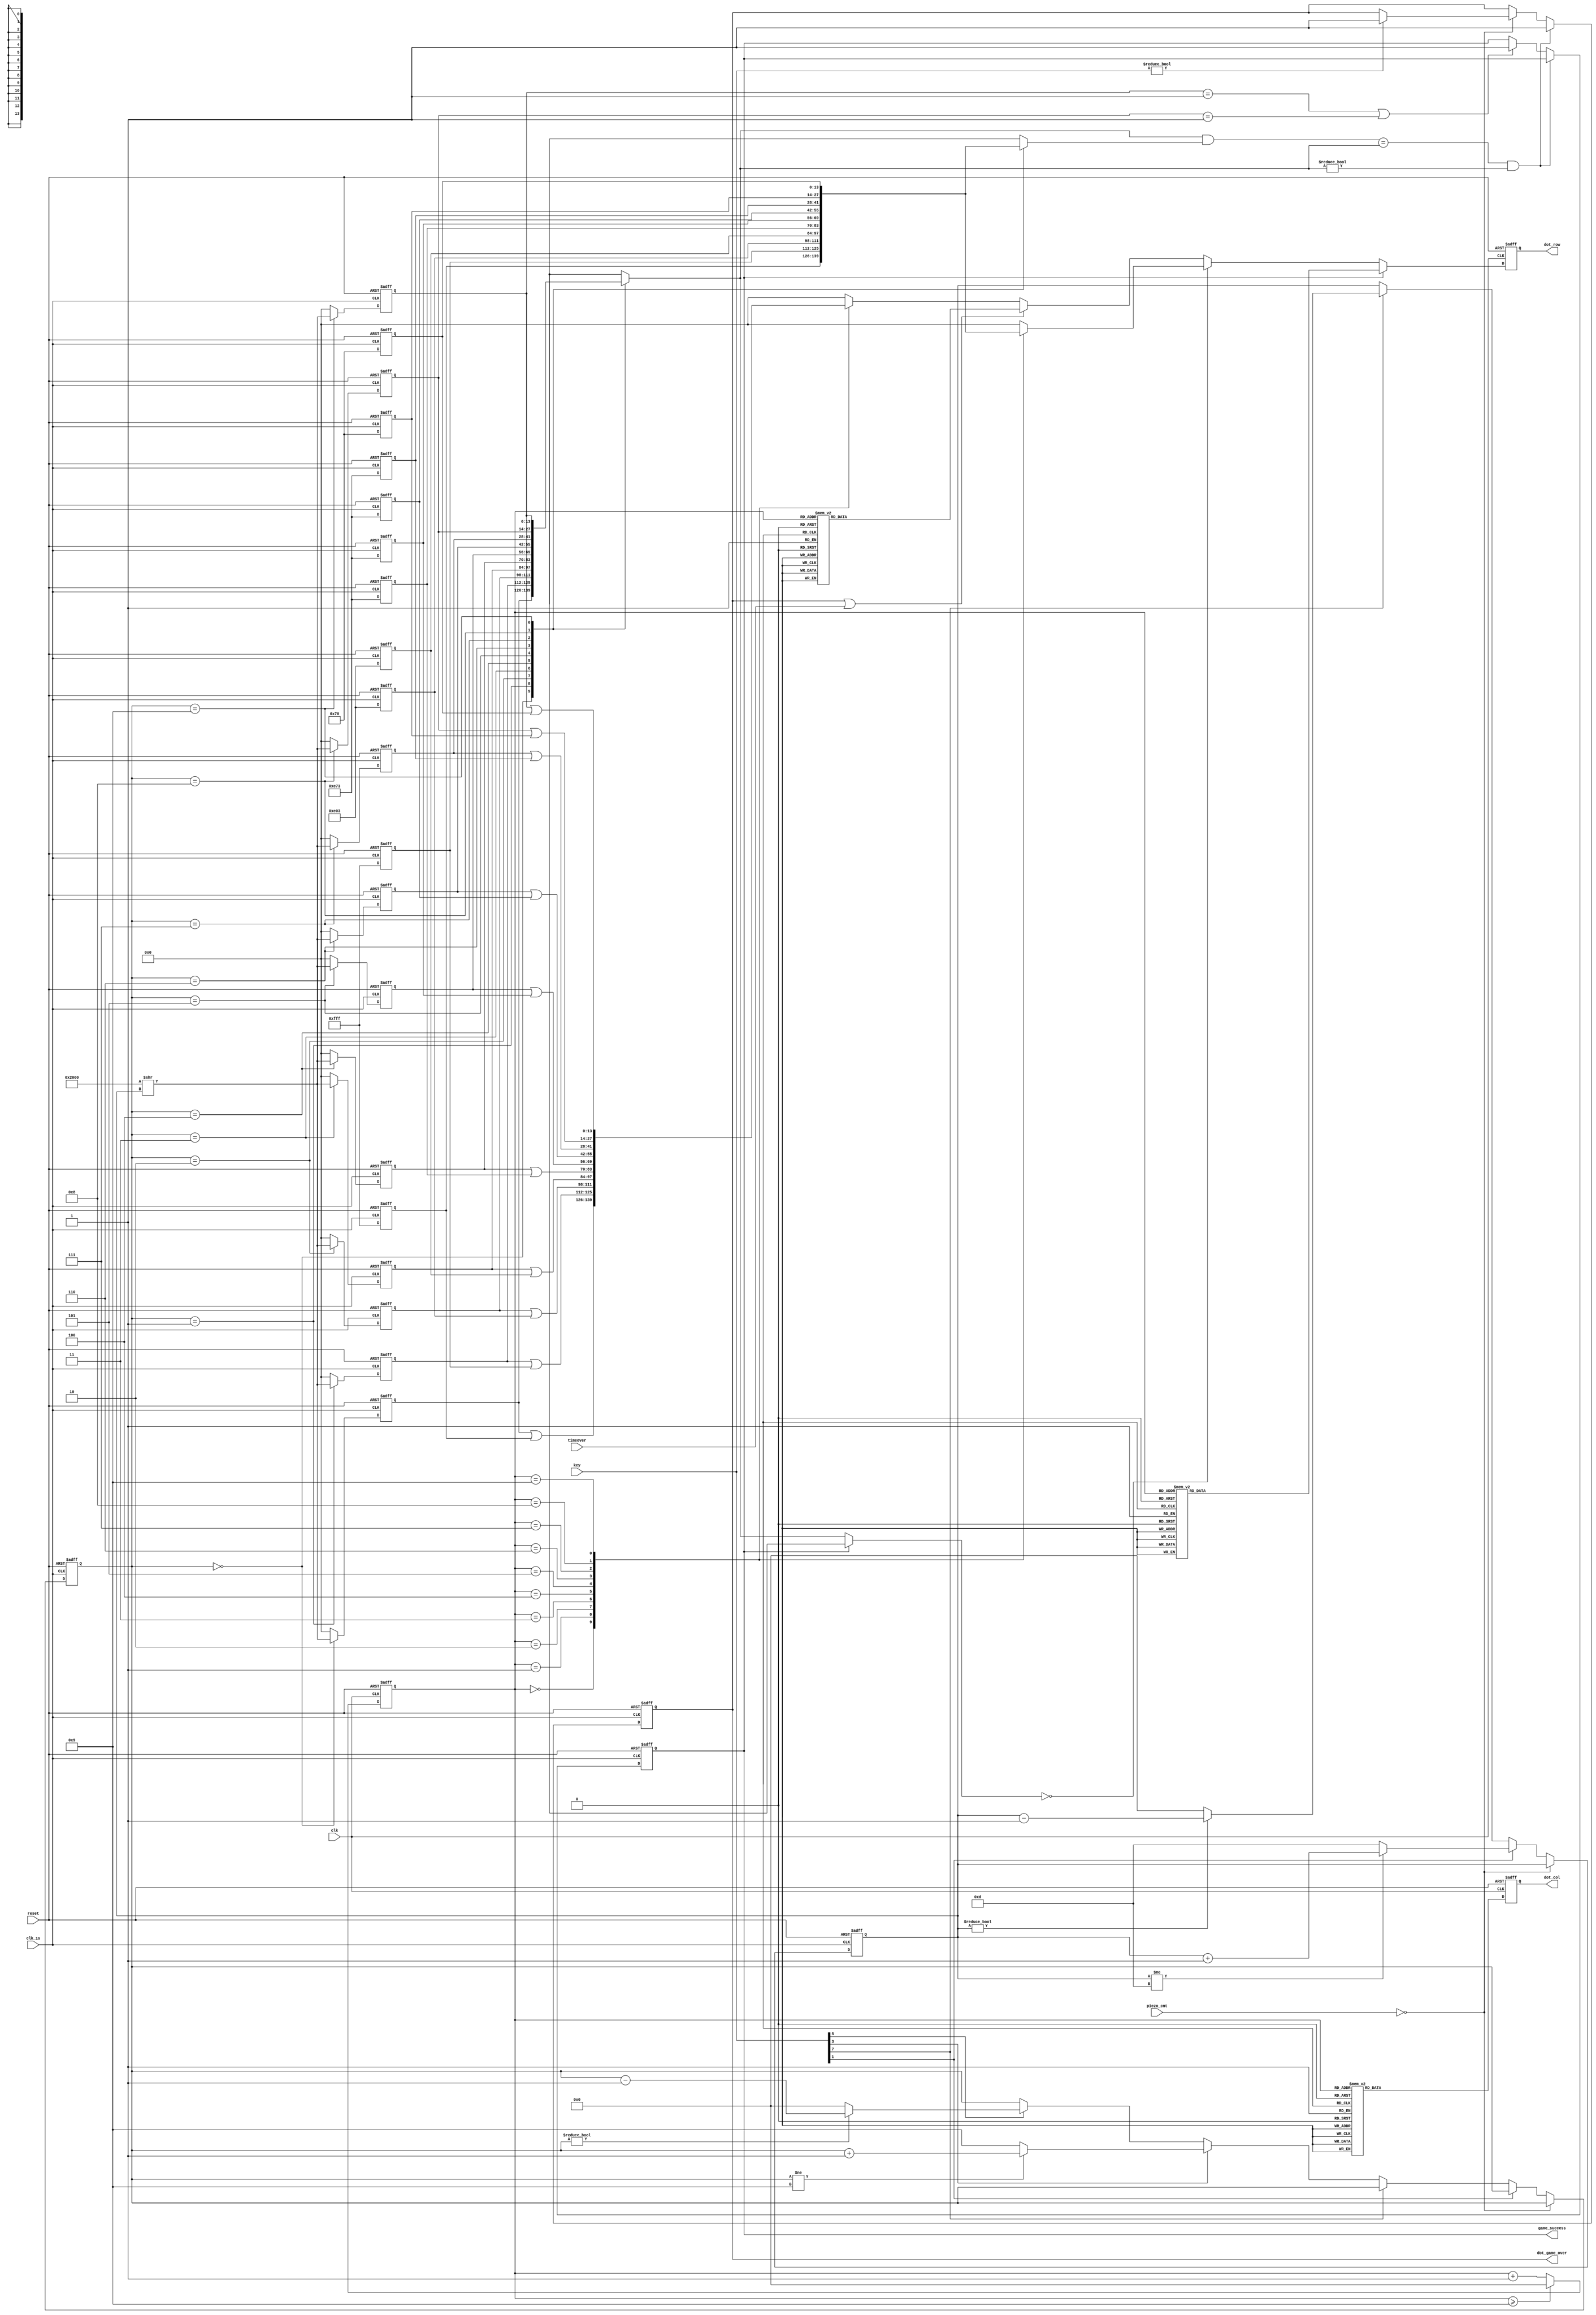
module dot_matrix(
	input clk, reset, clk_1s,
	input [11:0] key,
	input timeover,
	input [9:0] piezo_cnt,
	output reg [13:0] dot_row,
	output reg [9:0] dot_col,
	output reg dot_game_over,
	output reg game_success
);

	reg [3:0] sel_count;
	reg [3:0] count;
	reg [13:0] map_data[9:0];
	reg [13:0] player_data[9:0];
	reg [3:0] row;
	reg [3:0] col;
	
	


always@(posedge clk or posedge reset) begin
	if(reset == 1'b1) begin
		dot_col <= 0;
		sel_count <= 0;
	end
	else begin
		if(sel_count >= 9)
			sel_count <= 0;
		else
			sel_count <= sel_count + 1;
		
		case(sel_count)
			4'd0 : dot_col <= 10'b10_0000_0000;
			4'd1 : dot_col <= 10'b01_0000_0000;
			4'd2 : dot_col <= 10'b00_1000_0000;
			4'd3 : dot_col <= 10'b00_0100_0000;
			4'd4 : dot_col <= 10'b00_0010_0000;
			4'd5 : dot_col <= 10'b00_0001_0000;
			4'd6 : dot_col <= 10'b00_0000_1000;
			4'd7 : dot_col <= 10'b00_0000_0100;
			4'd8 : dot_col <= 10'b00_0000_0010;
			4'd9 : dot_col <= 10'b00_0000_0001;
			default : dot_col <= 0;
		endcase
	end
end



integer i;
always@(posedge clk_1s or posedge reset) begin
	if(reset == 1'b1) begin
		player_data[9] <= 14'b00_0000_0000_0000;
		player_data[8] <= 14'b00_0000_0000_0000;
		player_data[7] <= 14'b00_0000_0000_0000;
		player_data[6] <= 14'b00_0000_0000_0000;
		player_data[5] <= 14'b00_0000_0000_0000;
		player_data[4] <= 14'b00_0000_0000_0000;
		player_data[3] <= 14'b00_0000_0000_0000;
		player_data[2] <= 14'b00_0000_0000_0000;
		player_data[1] <= 14'b00_0000_0000_0000;
		player_data[0] <= 14'b00_0000_0000_0000;

		map_data[9] <= 14'b00_0000_0000_0000;
        map_data[8] <= 14'b00_0000_0000_0000;
      	map_data[7] <= 14'b00_0000_0000_0000;
      	map_data[6] <= 14'b00_0000_0000_0000;
      	map_data[5] <= 14'b00_0000_0000_0000;
      	map_data[4] <= 14'b00_0000_0000_0000;
      	map_data[3] <= 14'b00_0000_0000_0000;
      	map_data[2] <= 14'b00_0000_0000_0000;
      	map_data[1] <= 14'b00_0000_0000_0000;
     	map_data[0] <= 14'b00_0000_0000_0000;
		row <= 4'd0;
		col <= 4'd0;
		dot_game_over <= 0;
		game_success <= 0;
	end
	else begin
			player_data[0] <= 14'b10_0000_0000_0000;
			player_data[1] <= 14'b00_0000_0000_0000;
			player_data[2] <= 14'b00_0000_0000_0000;
			player_data[3] <= 14'b00_0000_0000_0000;
			player_data[4] <= 14'b00_0000_0000_0000;
			player_data[5] <= 14'b00_0000_0000_0000;
			player_data[6] <= 14'b00_0000_0000_0000;
			player_data[7] <= 14'b00_0000_0000_0000;
			player_data[8] <= 14'b00_0000_0000_0000;
			player_data[9] <= 14'b00_0000_0000_0000;

			map_data[9] <= 14'b00_0000_0111_0000;
       		map_data[8] <= 14'b00_0000_0111_0000;
      		map_data[7] <= 14'b00_1110_0111_0011;
      		map_data[6] <= 14'b00_1110_0111_0011;
      		map_data[5] <= 14'b00_1110_0111_0011;
      		map_data[4] <= 14'b00_1110_0111_0011;
      		map_data[3] <= 14'b00_1110_0000_0011;
      		map_data[2] <= 14'b00_1110_0000_0011;
      		map_data[1] <= 14'b00_1111_1111_1111;
     		map_data[0] <= 14'b00_1111_1111_1111;
			if(piezo_cnt == 0) begin
				if(key != 0) begin
					dot_game_over <= 1;
				end
			end
			
			else begin
			
				
				if(key[1] == 1) begin
					if(row != 4'd13)
						row <= row + 4'd1;
					else
						row <= 4'd13;
				end
			
				else if(key[7] == 1) begin
					if(row != 4'd0)
						row <= row - 4'd1;
					else
						row <= 4'd0;
				end
			
				else if(key[3] == 1) begin
					if(col != 4'd9)
						col <= col + 4'd1;
					else
						col <= 4'd9;
				end
			
				else if(key[5] == 1) begin
					if(col != 4'd0)
						col <= col - 4'd1;
					else
						col <= 4'd0;
				end
				
			end	
			
		
			for(i = 0; i < 10; i=i+1) 
				player_data[i] <= 14'b00_0000_0000_0000;
		
			player_data[col] <= 14'b10_0000_0000_0000 >> row;
			
			if(((player_data[col]&map_data[col]) == player_data[col])&(player_data[col] != 0)) begin
				dot_game_over <= 1;
			end	
			
			else if(player_data[9] == 14'b00_0000_0000_0001 | player_data[8] == 14'b00_0000_0000_0001) begin
				game_success <= 1;
			end
	end
end

always@(posedge clk or posedge reset) begin
	if(reset == 1'b1) begin
		dot_row <= 0;
	end
	else begin
		if(game_success == 1) begin
			case(sel_count)
				4'd0 : dot_row <= 14'b00_0111_1111_1000;
				4'd1 : dot_row <= 14'b00_1111_1111_1100;
				4'd2 : dot_row <= 14'b01_1000_0000_0110;
				4'd3 : dot_row <= 14'b11_0000_0000_0011;
				4'd4 : dot_row <= 14'b11_0000_0000_0011;
				4'd5 : dot_row <= 14'b11_0000_0000_0011;
				4'd6 : dot_row <= 14'b11_0000_0000_0011;
				4'd7 : dot_row <= 14'b01_1000_0000_0110;
				4'd8 : dot_row <= 14'b00_1111_1111_1100;
				4'd9 : dot_row <= 14'b00_0111_1111_1000;
				default : dot_row <= 0;
			endcase
			
		end
		else if(player_data[col] == 0) begin
			case(sel_count)
				4'd0 : dot_row <= (map_data[0]);
				4'd1 : dot_row <= (map_data[1]);
				4'd2 : dot_row <= (map_data[2]);
				4'd3 : dot_row <= (map_data[3]);
				4'd4 : dot_row <= (map_data[4]);
				4'd5 : dot_row <= (map_data[5]);
				4'd6 : dot_row <= (map_data[6]);
				4'd7 : dot_row <= (map_data[7]);
				4'd8 : dot_row <= (map_data[8]);
				4'd9 : dot_row <= (map_data[9]);
				default : dot_row <= 0;
			endcase
		end
		
		else if((dot_game_over == 1)|(timeover == 1)) begin
			case(sel_count)
				4'd0 : dot_row <= 14'b11_0000_0000_0011;
				4'd1 : dot_row <= 14'b11_1100_0000_1111;
				4'd2 : dot_row <= 14'b01_1111_0011_1110;
				4'd3 : dot_row <= 14'b00_1111_1111_1100;
				4'd4 : dot_row <= 14'b00_0011_1111_0000;
				4'd5 : dot_row <= 14'b00_0011_1111_0000;
				4'd6 : dot_row <= 14'b00_1111_1111_1100;
				4'd7 : dot_row <= 14'b01_1111_0011_1110;
				4'd8 : dot_row <= 14'b11_1100_0000_1111;
				4'd9 : dot_row <= 14'b11_0000_0000_0011;
				default : dot_row <= 0;
			endcase
		end
		
		else begin
			case(sel_count)
				4'd0 : dot_row <= (player_data[0]|map_data[0]);
				4'd1 : dot_row <= (player_data[1]|map_data[1]);
				4'd2 : dot_row <= (player_data[2]|map_data[2]);
				4'd3 : dot_row <= (player_data[3]|map_data[3]);
				4'd4 : dot_row <= (player_data[4]|map_data[4]);
				4'd5 : dot_row <= (player_data[5]|map_data[5]);
				4'd6 : dot_row <= (player_data[6]|map_data[6]);
				4'd7 : dot_row <= (player_data[7]|map_data[7]);
				4'd8 : dot_row <= (player_data[8]|map_data[8]);
				4'd9 : dot_row <= (player_data[9]|map_data[9]);
				default : dot_row <= 0;
			endcase
		end
	end
end

endmodule